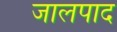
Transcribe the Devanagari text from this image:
जालपाद